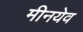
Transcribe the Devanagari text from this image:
मीनयेव